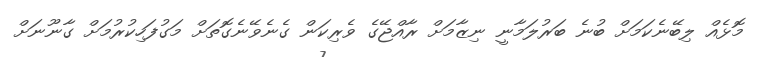
މޮޅެއް ލިބޭނެކަމަށް ބުނެ ބަރުލަމާނީ ނިޒާމަށް ރާއްޖޭގެ ވެރިކަން ގެނެވޭނެގޮތަށް މަގުފަހިކުރުމަށް ގާނޫނަށް